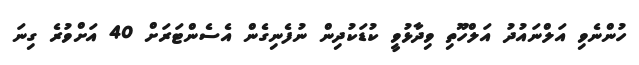
ހުންނެވިި އަލްނައުދު އަލްހޫތި ވިދާޅުވީ ކުޑަކުދިން ނުފެނިގެން އެސެންޓަރަށް 40 އަށްވުރެ ގިނަ